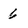
Character: 6